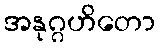
အနုဂ္ဂဟိတော